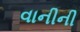
વાનીની